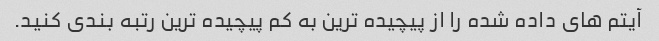
آیتم های داده شده را از پیچیده ترین به کم پیچیده ترین رتبه بندی کنید.